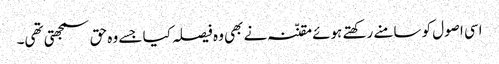
اسی اصول کو سامنے رکھتے ہوئے مقنّنہ نے بھی وہ فیصلہ کیا جسے وہ حق سمجھتی تھی۔